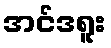
အင်ဒရူး